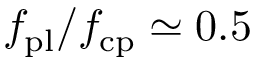
f _ { \mathrm { p l } } / f _ { \mathrm { c p } } \simeq 0 . 5